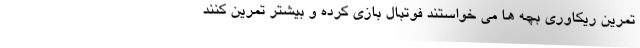
تمرین ریکاوری بچه ها می خواستند فوتبال بازی کرده و بیشتر تمرین کنند